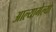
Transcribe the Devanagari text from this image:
आल्यागेल्या